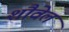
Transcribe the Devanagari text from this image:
शौवेल